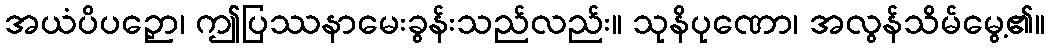
အယံပိပဉှော၊ ဤပြဿနာမေးခွန်းသည်လည်း။ သုနိပုဏော၊ အလွန်သိမ်မွေ့၏။